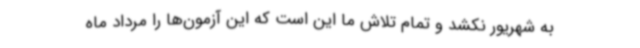
به شهریور نکشد و تمام تلاش ما این است که این آزمون‌ها را مرداد ماه